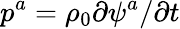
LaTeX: p^{a}=\rho_{0}\partial\psi^{a}/\partial t